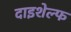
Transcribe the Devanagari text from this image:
दाइशेल्फ